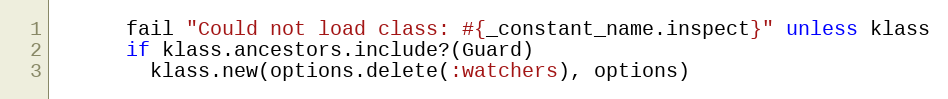
Language: Ruby
      fail "Could not load class: #{_constant_name.inspect}" unless klass
      if klass.ancestors.include?(Guard)
        klass.new(options.delete(:watchers), options)